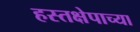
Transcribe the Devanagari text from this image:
हस्तक्षेपाच्या